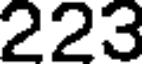
223